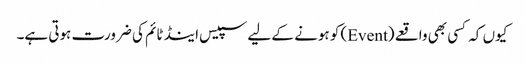
کیوں کہ کسی بھی واقعے (Event) کو ہونے کے لیے سپیس اینڈ ٹائم کی ضرورت ہوتی ہے۔